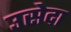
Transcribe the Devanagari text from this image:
उसेदा